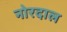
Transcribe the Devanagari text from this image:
नोरदाल